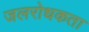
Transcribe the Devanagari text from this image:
जलरोधकता